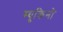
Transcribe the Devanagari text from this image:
म्युकिनो